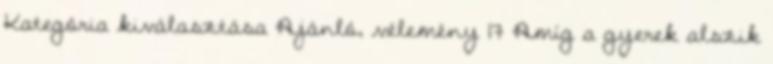
Kategória kiválasztása Ajánló, vélemény 17 Amíg a gyerek alszik